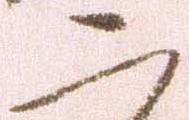
二